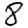
Digit: 8